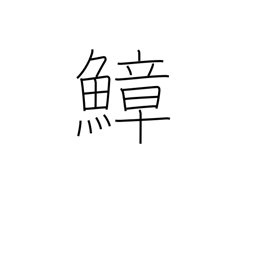
Meaning: octopus